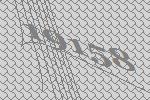
19158